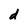
Character: d